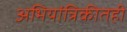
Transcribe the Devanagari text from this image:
अभियांत्रिकीतही